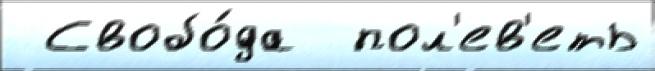
 Свобо́да  пол'ев'еть